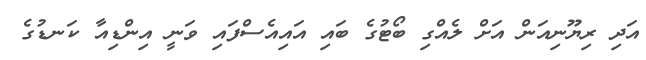
އަދި ރިޔޫނިއަން އަށް ލެއްގި ބޯޓުގެ ބައި އައިއެސްފައި ވަނީ އިންޑިއާ ކަނޑުގެ